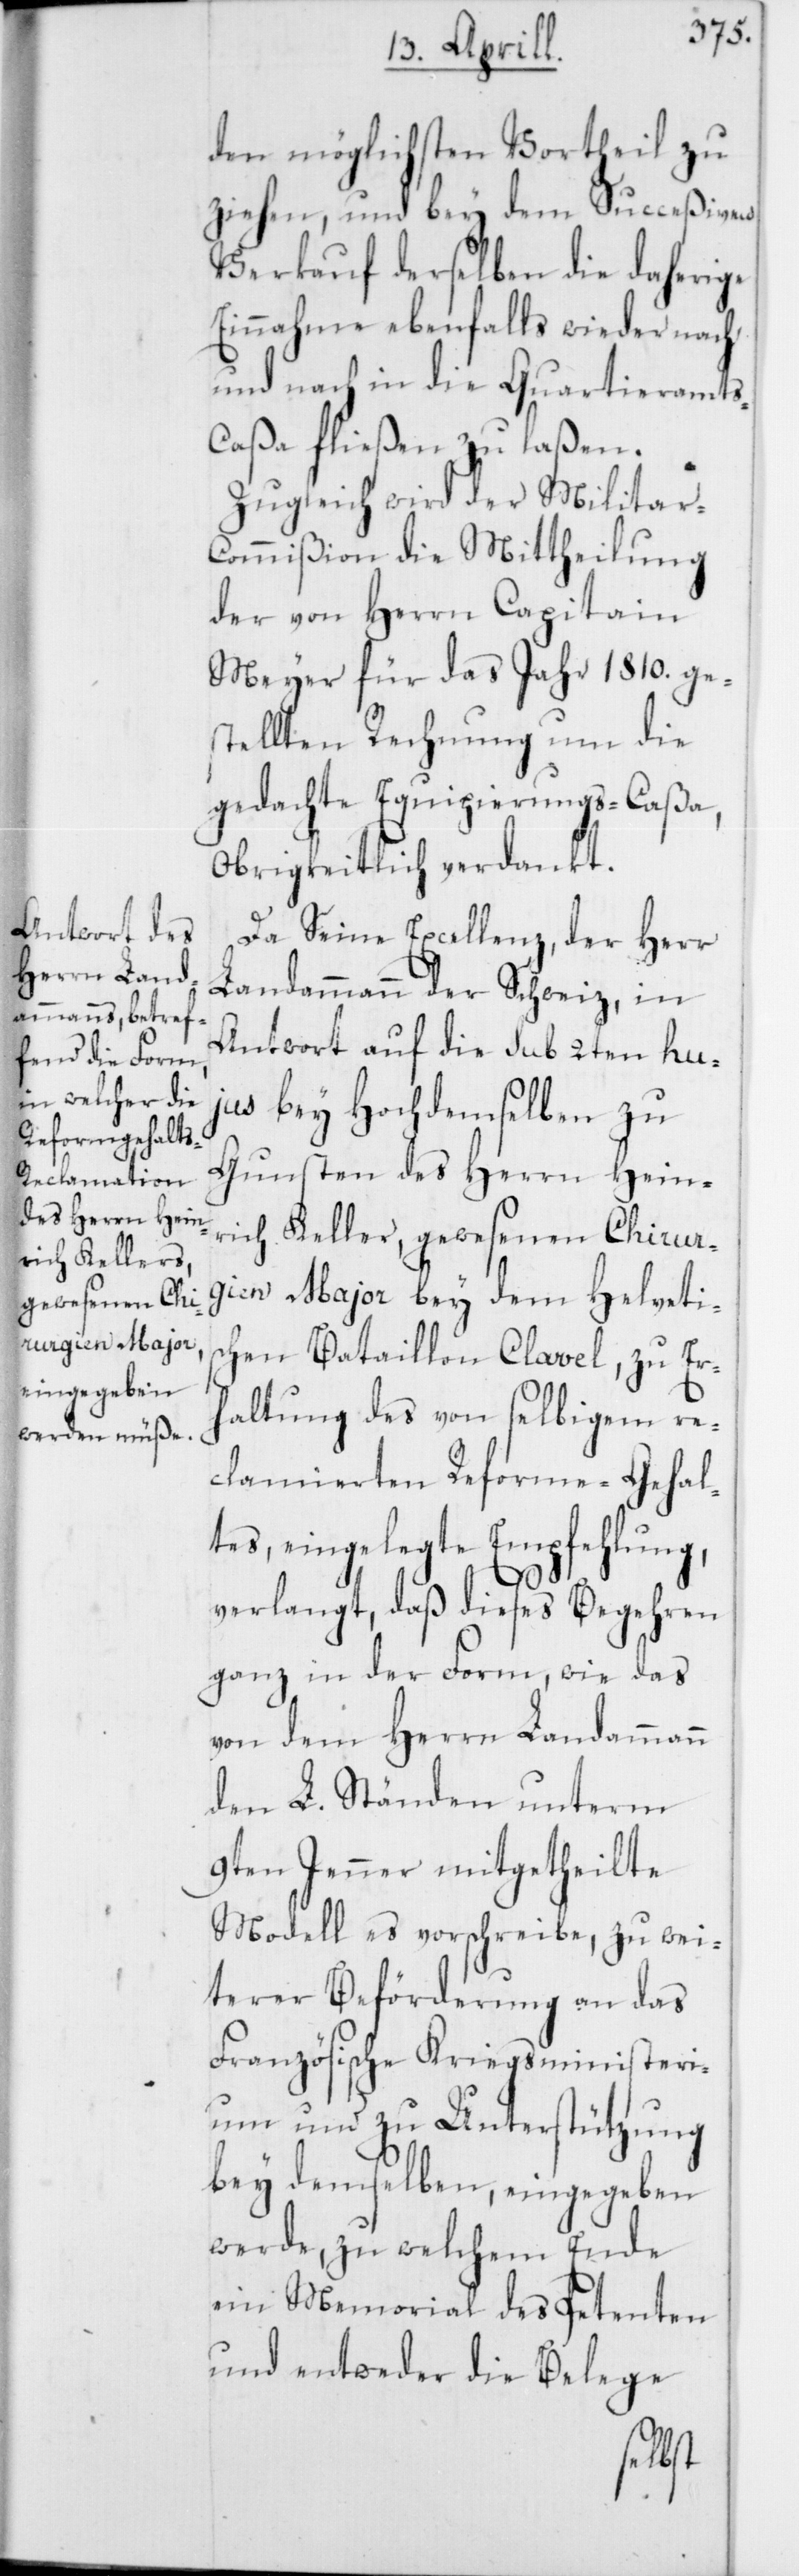
den möglichsten Vortheil zu
ziehen, und bey dem Succeßiven
Verkauf derselben die daherige
Einnahme ebenfalls wieder nach
und nach in die Quartieramt¬
s-Caßa fließen zu laßen.
Zugleich wird der Militar-C¬
ommißion die Mittheilung
der von Herrn Capitain
Meyer für das Jahr 1810. ge¬
stellten Rechnung um die
gedachte Equipierungs-Caßa,
Obrigkeitlich verdankt.
Da Seine Excellenz, der Herr
Landammann der Schweiz, in
Antwort auf die sub 2ten huj¬
us bey Hochdemselben zu
Gunsten des Herrn Hein¬
rich Keller, gewesenen Chirur¬
gien Major bey dem Helveti¬
schen Bataillon Clavel, zu Er¬
haltung des von selbigem re¬
clamierten Reforme-Gehal¬
tes, eingelegte Empfehlung,
verlangt, daß dieses Begehren
ganz in der Form, wie das
von dem Herrn Landammann
den L. Ständen unterm
9ten Jenner mitgetheilte
Modell es vorschreibe, zu wei¬
terer Beförderung an das
Französische Kriegsministeri¬
um und zu Unterstützung
bey demselben, eingegeben
werde, zu welchem Ende
ein Memorial des Petenten
und entweder die Belege